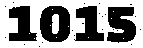
1015